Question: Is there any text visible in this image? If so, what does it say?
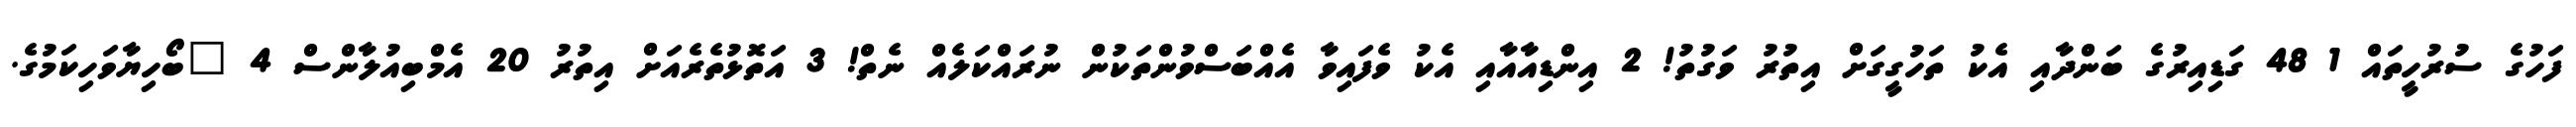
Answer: ފަހުގެ ސުރުހީތައް 1 48 ގަޑިއިރުގެ ބަންދާއި އެކު ތަހުގީގަށް އިތުރު ވަގުތު! 2 އިންޑިއާއާއި އެކު ވެފައިވާ އެއްބަސްވުންތަކުން ނުރައްކަލެއް ނެތް! 3 އަތޮޅުތެރެއަށް އިތުރު 20 އެމްބިއުލާންސް 4 "ބޯހިޔާވަހިކަމުގެ.